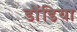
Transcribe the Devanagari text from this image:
डौंडिया